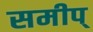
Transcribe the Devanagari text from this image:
समीप्